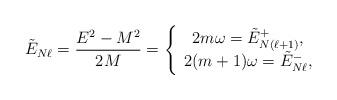
LaTeX: \begin{align*}\tilde{E}_{N\ell } = {E^{2}- M^{2}\over 2M} =\left\{\begin{array}{c}2m\omega = \tilde{E}^{+}_{N(\ell +1)},\\2(m+1)\omega = \tilde{E}^{-}_{N\ell },\end{array}\right.\end{align*}